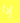
إذا